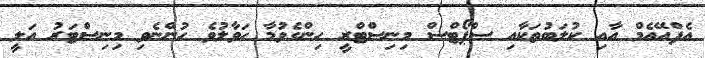
އެފްއޭއެމް އާއި ކުލަބުތަކާއި ސްޕޯޓްސް މިނިސްޓްރީ ހިންގެވުމާ ހަވާލުވެ ހުންނެވި މިނިސްޓަރު އަލީ